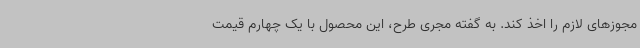
مجوزهای لازم را اخذ کند. به گفته مجری طرح، این محصول با یک چهارم قیمت